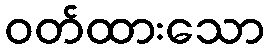
ဝတ်ထားသော